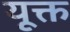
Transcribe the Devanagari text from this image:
यूक्त